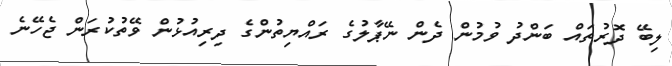
ލިބޭ ދޮރުތައް ބަންދު ވުމުން ދެން ނޭޕާލުގެ ރައްޔިތުންގެ ދިރިއުޅުން ވޭތުކުރަން ޖެހޭނެ